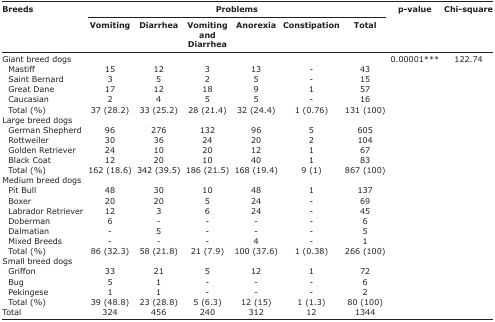
<table><thead><tr><td rowspan="3"><b>Breeds</b></td><td colspan="6"><b>Problems</b></td><td rowspan="3"><b>p-value</b></td><td rowspan="3"><b>Chi-square</b></td></tr><tr><td><b>Vomiting</b></td><td><b>Diarrhea</b></td><td><b>Vomiting and Diarrhea</b></td><td><b>Anorexia</b></td><td><b>Constipation</b></td><td><b>Total</b></td></tr></thead><tbody><tr><td>Giant breed dogs</td><td></td><td></td><td></td><td></td><td></td><td></td><td>0.00001***</td><td>122.74</td></tr><tr><td> Mastiff</td><td>15</td><td>12</td><td>3</td><td>13</td><td>-</td><td>43</td><td></td><td></td></tr><tr><td> Saint Bernard</td><td>3</td><td>5</td><td>2</td><td>5</td><td>-</td><td>15</td><td></td><td></td></tr><tr><td> Great Dane</td><td>17</td><td>12</td><td>18</td><td>9</td><td>1</td><td>57</td><td></td><td></td></tr><tr><td> Caucasian</td><td>2</td><td>4</td><td>5</td><td>5</td><td>-</td><td>16</td><td></td><td></td></tr><tr><td> Total (%)</td><td>37 (28.2)</td><td>33 (25.2)</td><td>28 (21.4)</td><td>32 (24.4)</td><td>1 (0.76)</td><td>131 (100)</td><td></td><td></td></tr><tr><td>Large breed dogs</td><td></td><td></td><td></td><td></td><td></td><td></td><td></td><td></td></tr><tr><td> German Shepherd</td><td>96</td><td>276</td><td>132</td><td>96</td><td>5</td><td>605</td><td></td><td></td></tr><tr><td> Rottweiler</td><td>30</td><td>36</td><td>24</td><td>20</td><td>2</td><td>104</td><td></td><td></td></tr><tr><td> Golden Retriever</td><td>24</td><td>10</td><td>20</td><td>12</td><td>1</td><td>67</td><td></td><td></td></tr><tr><td> Black Coat</td><td>12</td><td>20</td><td>10</td><td>40</td><td>1</td><td>83</td><td></td><td></td></tr><tr><td> Total (%)</td><td>162 (18.6)</td><td>342 (39.5)</td><td>186 (21.5)</td><td>168 (19.4)</td><td>9 (1)</td><td>867 (100)</td><td></td><td></td></tr><tr><td>Medium breed dogs</td><td></td><td></td><td></td><td></td><td></td><td></td><td></td><td></td></tr><tr><td> Pit Bull</td><td>48</td><td>30</td><td>10</td><td>48</td><td>1</td><td>137</td><td></td><td></td></tr><tr><td> Boxer</td><td>20</td><td>20</td><td>5</td><td>24</td><td>-</td><td>69</td><td></td><td></td></tr><tr><td> Labrador Retriever</td><td>12</td><td>3</td><td>6</td><td>24</td><td>-</td><td>45</td><td></td><td></td></tr><tr><td> Doberman</td><td>6</td><td>-</td><td>-</td><td>-</td><td>-</td><td>6</td><td></td><td></td></tr><tr><td> Dalmatian</td><td>-</td><td>5</td><td>-</td><td>-</td><td>-</td><td>5</td><td></td><td></td></tr><tr><td> Mixed Breeds</td><td>-</td><td>-</td><td>-</td><td>4</td><td>-</td><td>1</td><td></td><td></td></tr><tr><td> Total (%)</td><td>86 (32.3)</td><td>58 (21.8)</td><td>21 (7.9)</td><td>100 (37.6)</td><td>1 (0.38)</td><td>266 (100)</td><td></td><td></td></tr><tr><td>Small breed dogs</td><td></td><td></td><td></td><td></td><td></td><td></td><td></td><td></td></tr><tr><td> Griffon</td><td>33</td><td>21</td><td>5</td><td>12</td><td>1</td><td>72</td><td></td><td></td></tr><tr><td> Bug</td><td>5</td><td>1</td><td>-</td><td>-</td><td>-</td><td>6</td><td></td><td></td></tr><tr><td> Pekingese</td><td>1</td><td>1</td><td>-</td><td>-</td><td>-</td><td>2</td><td></td><td></td></tr><tr><td> Total (%)</td><td>39 (48.8)</td><td>23 (28.8)</td><td>5 (6.3)</td><td>12 (15)</td><td>1 (1.3)</td><td>80 (100)</td><td></td><td></td></tr><tr><td>Total</td><td>324</td><td>456</td><td>240</td><td>312</td><td>12</td><td>1344</td><td></td><td></td></tr></tbody></table>